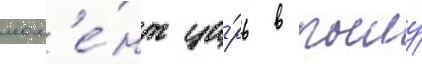
мом'е́нт ца́рь в пылу